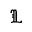
\mathfrak { L }